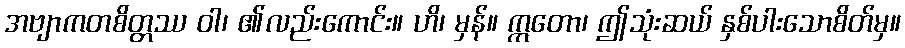
အဗျာကတစိတ္တဿ ဝါ၊ ၏လည်းကောင်း။ ဟိ၊ မှန်။ ဣတော၊ ဤသုံးဆယ် နှစ်ပါးသောစိတ်မှ။